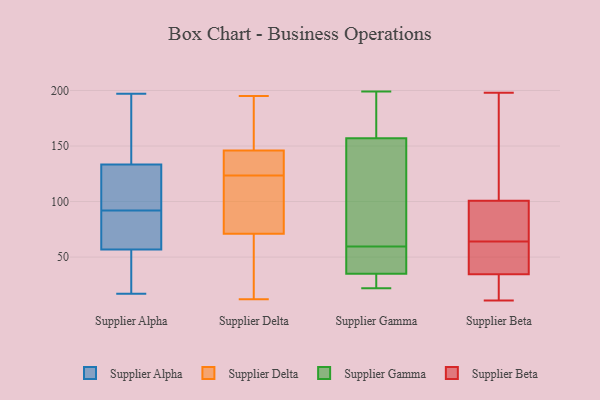
{"axis": {"x": "Revenue (USD Million)", "y": "Value"}, "legend": ["Supplier Alpha", "Supplier Beta", "Supplier Delta", "Supplier Gamma"], "data": [{"x": "", "y": 30, "type": "Supplier Alpha"}, {"x": "", "y": 95, "type": "Supplier Alpha"}, {"x": "", "y": 48, "type": "Supplier Alpha"}, {"x": "", "y": 31, "type": "Supplier Alpha"}, {"x": "", "y": 134, "type": "Supplier Alpha"}, {"x": "", "y": 121, "type": "Supplier Alpha"}, {"x": "", "y": 52, "type": "Supplier Alpha"}, {"x": "", "y": 82, "type": "Supplier Alpha"}, {"x": "", "y": 185, "type": "Supplier Alpha"}, {"x": "", "y": 131, "type": "Supplier Alpha"}, {"x": "", "y": 90, "type": "Supplier Alpha"}, {"x": "", "y": 17, "type": "Supplier Alpha"}, {"x": "", "y": 163, "type": "Supplier Alpha"}, {"x": "", "y": 107, "type": "Supplier Alpha"}, {"x": "", "y": 197, "type": "Supplier Alpha"}, {"x": "", "y": 71, "type": "Supplier Alpha"}, {"x": "", "y": 92, "type": "Supplier Alpha"}, {"x": "", "y": 164, "type": "Supplier Alpha"}, {"x": "", "y": 87, "type": "Supplier Alpha"}, {"x": "", "y": 127, "type": "Supplier Delta"}, {"x": "", "y": 146, "type": "Supplier Delta"}, {"x": "", "y": 77, "type": "Supplier Delta"}, {"x": "", "y": 12, "type": "Supplier Delta"}, {"x": "", "y": 131, "type": "Supplier Delta"}, {"x": "", "y": 195, "type": "Supplier Delta"}, {"x": "", "y": 24, "type": "Supplier Delta"}, {"x": "", "y": 148, "type": "Supplier Delta"}, {"x": "", "y": 139, "type": "Supplier Delta"}, {"x": "", "y": 167, "type": "Supplier Delta"}, {"x": "", "y": 71, "type": "Supplier Delta"}, {"x": "", "y": 13, "type": "Supplier Delta"}, {"x": "", "y": 30, "type": "Supplier Delta"}, {"x": "", "y": 176, "type": "Supplier Delta"}, {"x": "", "y": 71, "type": "Supplier Delta"}, {"x": "", "y": 120, "type": "Supplier Delta"}, {"x": "", "y": 117, "type": "Supplier Delta"}, {"x": "", "y": 136, "type": "Supplier Delta"}, {"x": "", "y": 107, "type": "Supplier Gamma"}, {"x": "", "y": 48, "type": "Supplier Gamma"}, {"x": "", "y": 180, "type": "Supplier Gamma"}, {"x": "", "y": 48, "type": "Supplier Gamma"}, {"x": "", "y": 153, "type": "Supplier Gamma"}, {"x": "", "y": 47, "type": "Supplier Gamma"}, {"x": "", "y": 28, "type": "Supplier Gamma"}, {"x": "", "y": 38, "type": "Supplier Gamma"}, {"x": "", "y": 199, "type": "Supplier Gamma"}, {"x": "", "y": 71, "type": "Supplier Gamma"}, {"x": "", "y": 32, "type": "Supplier Gamma"}, {"x": "", "y": 31, "type": "Supplier Gamma"}, {"x": "", "y": 157, "type": "Supplier Gamma"}, {"x": "", "y": 157, "type": "Supplier Gamma"}, {"x": "", "y": 22, "type": "Supplier Gamma"}, {"x": "", "y": 159, "type": "Supplier Gamma"}, {"x": "", "y": 103, "type": "Supplier Beta"}, {"x": "", "y": 179, "type": "Supplier Beta"}, {"x": "", "y": 28, "type": "Supplier Beta"}, {"x": "", "y": 36, "type": "Supplier Beta"}, {"x": "", "y": 54, "type": "Supplier Beta"}, {"x": "", "y": 64, "type": "Supplier Beta"}, {"x": "", "y": 18, "type": "Supplier Beta"}, {"x": "", "y": 40, "type": "Supplier Beta"}, {"x": "", "y": 75, "type": "Supplier Beta"}, {"x": "", "y": 71, "type": "Supplier Beta"}, {"x": "", "y": 198, "type": "Supplier Beta"}, {"x": "", "y": 94, "type": "Supplier Beta"}, {"x": "", "y": 34, "type": "Supplier Beta"}, {"x": "", "y": 146, "type": "Supplier Beta"}, {"x": "", "y": 11, "type": "Supplier Beta"}]}